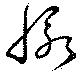
脉